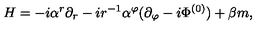
H = - i \alpha ^ { r } \partial _ { r } - i r ^ { - 1 } \alpha ^ { \varphi } ( \partial _ { \varphi } - i \Phi ^ { ( 0 ) } ) + \beta m ,